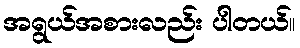
အရွယ်အစားလည်း ပါတယ်။